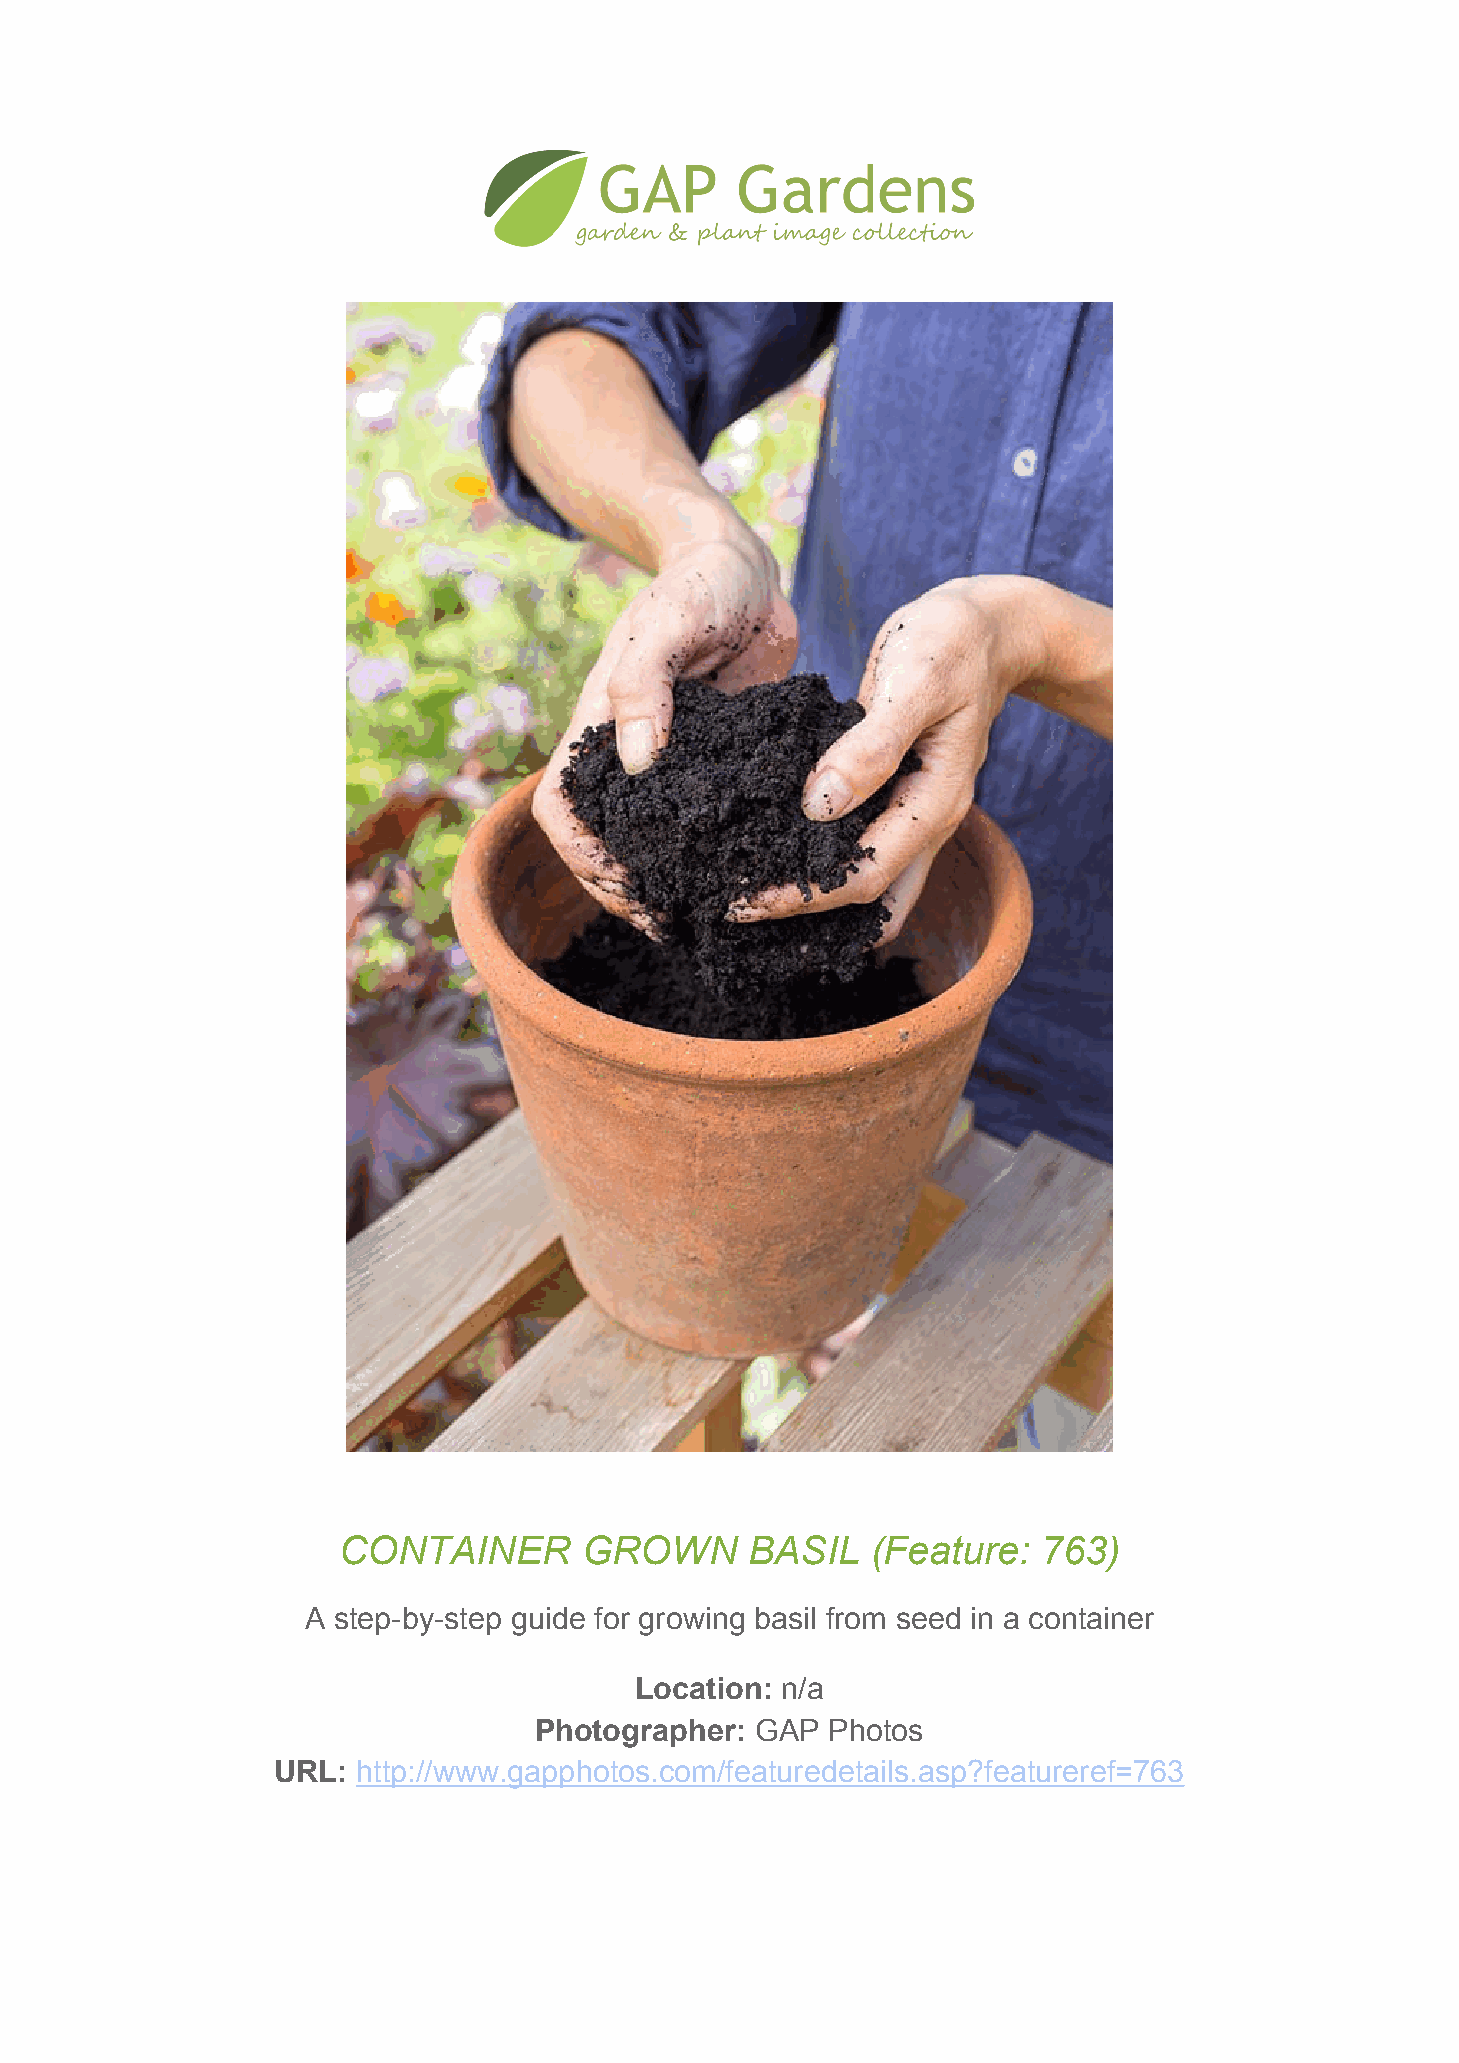
CONTAINER       GROWN       BASIL   (Feature:  763)
 A step-by-step guide for growing basil from seed in a container
 Location: n/a
 Photographer:  GAP  Photos
 URL:  http://www.gapphotos.com/featuredetails.asp?featureref=763